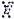
X